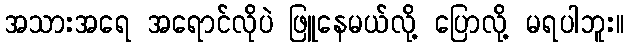
အသားအရေ အရောင်လိုပဲ ဖြူနေမယ်လို့ ပြောလို့ မရပါဘူး။